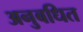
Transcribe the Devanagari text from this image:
अनुबधित